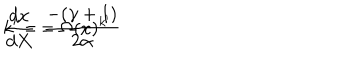
\frac { d x } { d X } = \Omega ( x ) ^ { k ^ { \prime } } \hspace { 2 c m } k ^ { \prime } = \frac { - ( \gamma + 1 ) } { 2 \alpha }